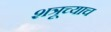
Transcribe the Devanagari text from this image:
शत्रूच्याच